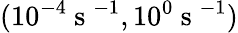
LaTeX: (10^{-4}\mathrm{~s~}^{-1},10^{0}\mathrm{~s~}^{-1})